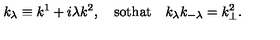
k _ { \lambda } \equiv k ^ { 1 } + i \lambda k ^ { 2 } , \quad \mathrm { s o t h a t } \quad k _ { \lambda } k _ { - \lambda } = k _ { \perp } ^ { 2 } .